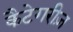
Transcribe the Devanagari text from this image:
कैटेगरीज़